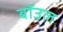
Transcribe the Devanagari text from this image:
बॉउल